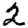
Digit: 2